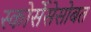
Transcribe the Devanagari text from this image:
स्कोर्सेसेसोबत